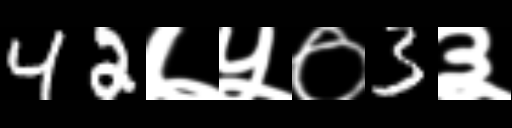
Text: 42७५०3३